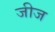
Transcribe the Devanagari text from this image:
जीज